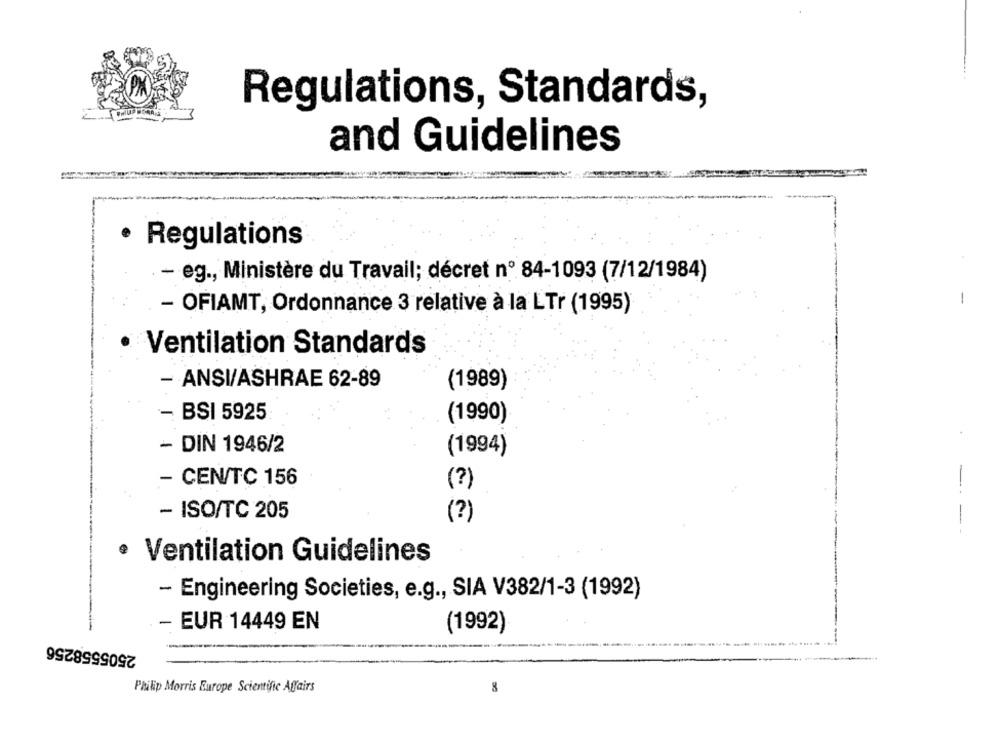
Regulations, Standards,
and Guidelines
.
Regulations
.- eg ., Ministère du Travail; décret nº 84-1093 (7/12/1984)
-
- OFIAMT, Ordonnance 3 relative à la LTr (1995)
Ventilation Standards
- ANSI/ASHRAE 62-89
(1989)
- BSI 5925
(1990)
- DIN 1946/2
(1994)
- CEN/TC 156
(?)
- ISO/TC 205
(?)
-. -
· Ventilation Guidelines
- Engineering Societies, e.g ., SIA V382/1-3 (1992)
- EUR 14449 EN
2505558256
(1992)
Philip Morris Europe Scientific Affairs